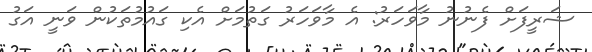
ޝަރީފަށް ފެނުނު މާވަހަރު: އެ މާވަހަރު ގަތުމަށް އެކި ގައުމުތަކުން ވަނީ އަގު